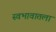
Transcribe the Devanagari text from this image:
स्वभावातला